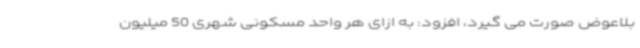
بلاعوض صورت می گیرد، افزود: به ازای هر واحد مسکونی شهری 50 میلیون